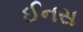
ઈનસ